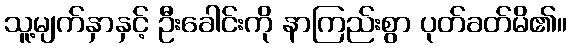
သူ့မျက်နှာနှင့် ဦးခေါင်းကို နာကြည်းစွာ ပုတ်ခတ်မိ၏။